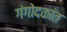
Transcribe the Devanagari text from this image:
गंगोदकांत